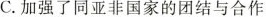
C.加强了同亚非国家的团结与合作